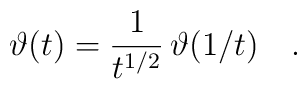
\vartheta(t) = \frac{1}{t^{1/2}}\, \vartheta(1/t) \quad .